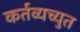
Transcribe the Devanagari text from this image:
कर्तव्यच्युत